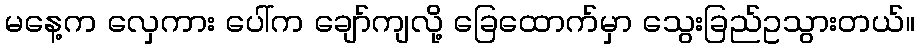
မနေ့က လှေကား ပေါ်က ချော်ကျလို့ ခြေထောက်မှာ သွေးခြည်ဥသွားတယ်။